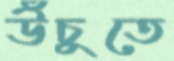
উঁচুতে